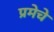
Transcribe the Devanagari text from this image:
प्रमेचे